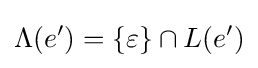
\Lambda (e')=\{\varepsilon \}\cap L(e')